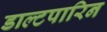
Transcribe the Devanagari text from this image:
डाल्टपारिन